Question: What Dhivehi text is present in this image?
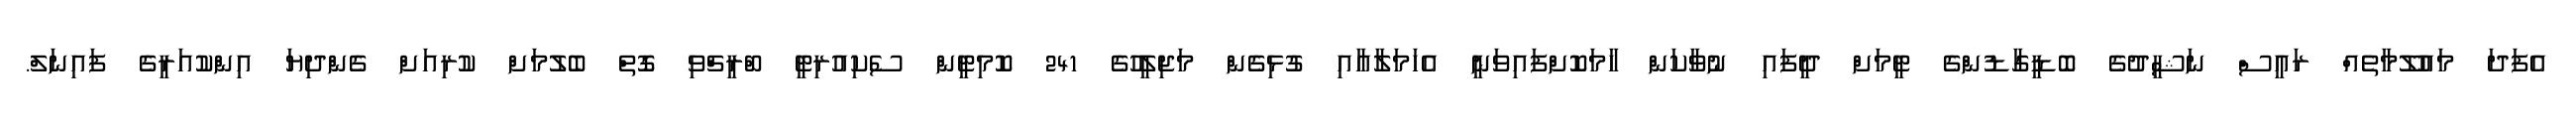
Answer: އެފަދަ މައުލޫމާތެއް ރައީސް ނަޝީދުގެ ބޮޑީގާޑުންގެ ޓީމަށް ދީފައި ނުވާކަން ހާމަކޮށްފައިވަނީ އެހަމަލާއާއި ގުޅިގެން މަޖިލީހުގެ 241 ކޮމިޓީން ސެކިއުރިޓީ ބްރީޗްވި ގޮތް ބެލުމަށް ކުރިއަށް ގެންދިޔަ އިންކުއަރީގެ ފައިނަލް.